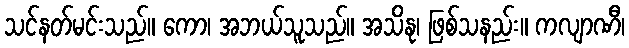
သင်နတ်မင်းသည်။ ကော၊ အဘယ်သူသည်။ အသိနု၊ ဖြစ်သနည်း။ ကလျာဏီ၊